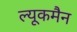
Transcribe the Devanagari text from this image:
ल्यूकमैन